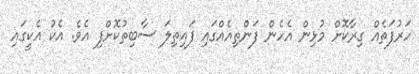
ހަރުފަތެއް ގިރާކޮށް މުޅިން އެހެން ފަންތިއެއްގައި ފައިތިލަ ސާބިތުކޮށްފި އެވެ. އެކު އެކީގައި